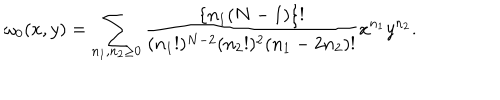
\omega _ { 0 } ( x , y ) = \sum _ { n _ { 1 } , n _ { 2 } \geq 0 } \frac { \{ n _ { 1 } ( N - 1 ) \} ! } { ( n _ { 1 } ! ) ^ { N - 2 } ( n _ { 2 } ! ) ^ { 2 } ( n _ { 1 } - 2 n _ { 2 } ) ! } x ^ { n _ { 1 } } y ^ { n _ { 2 } } .